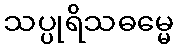
သပ္ပုရိသဓမ္မေ